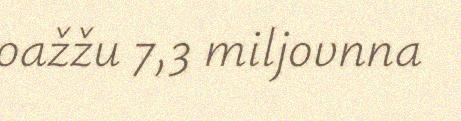
oažžu 7,3 miljovnna